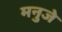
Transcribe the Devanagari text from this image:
मनुजे